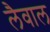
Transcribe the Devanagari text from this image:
लैवाल